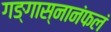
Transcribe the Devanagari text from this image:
गङ्गास्नानंफलं